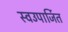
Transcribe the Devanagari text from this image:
स्वउपार्जित